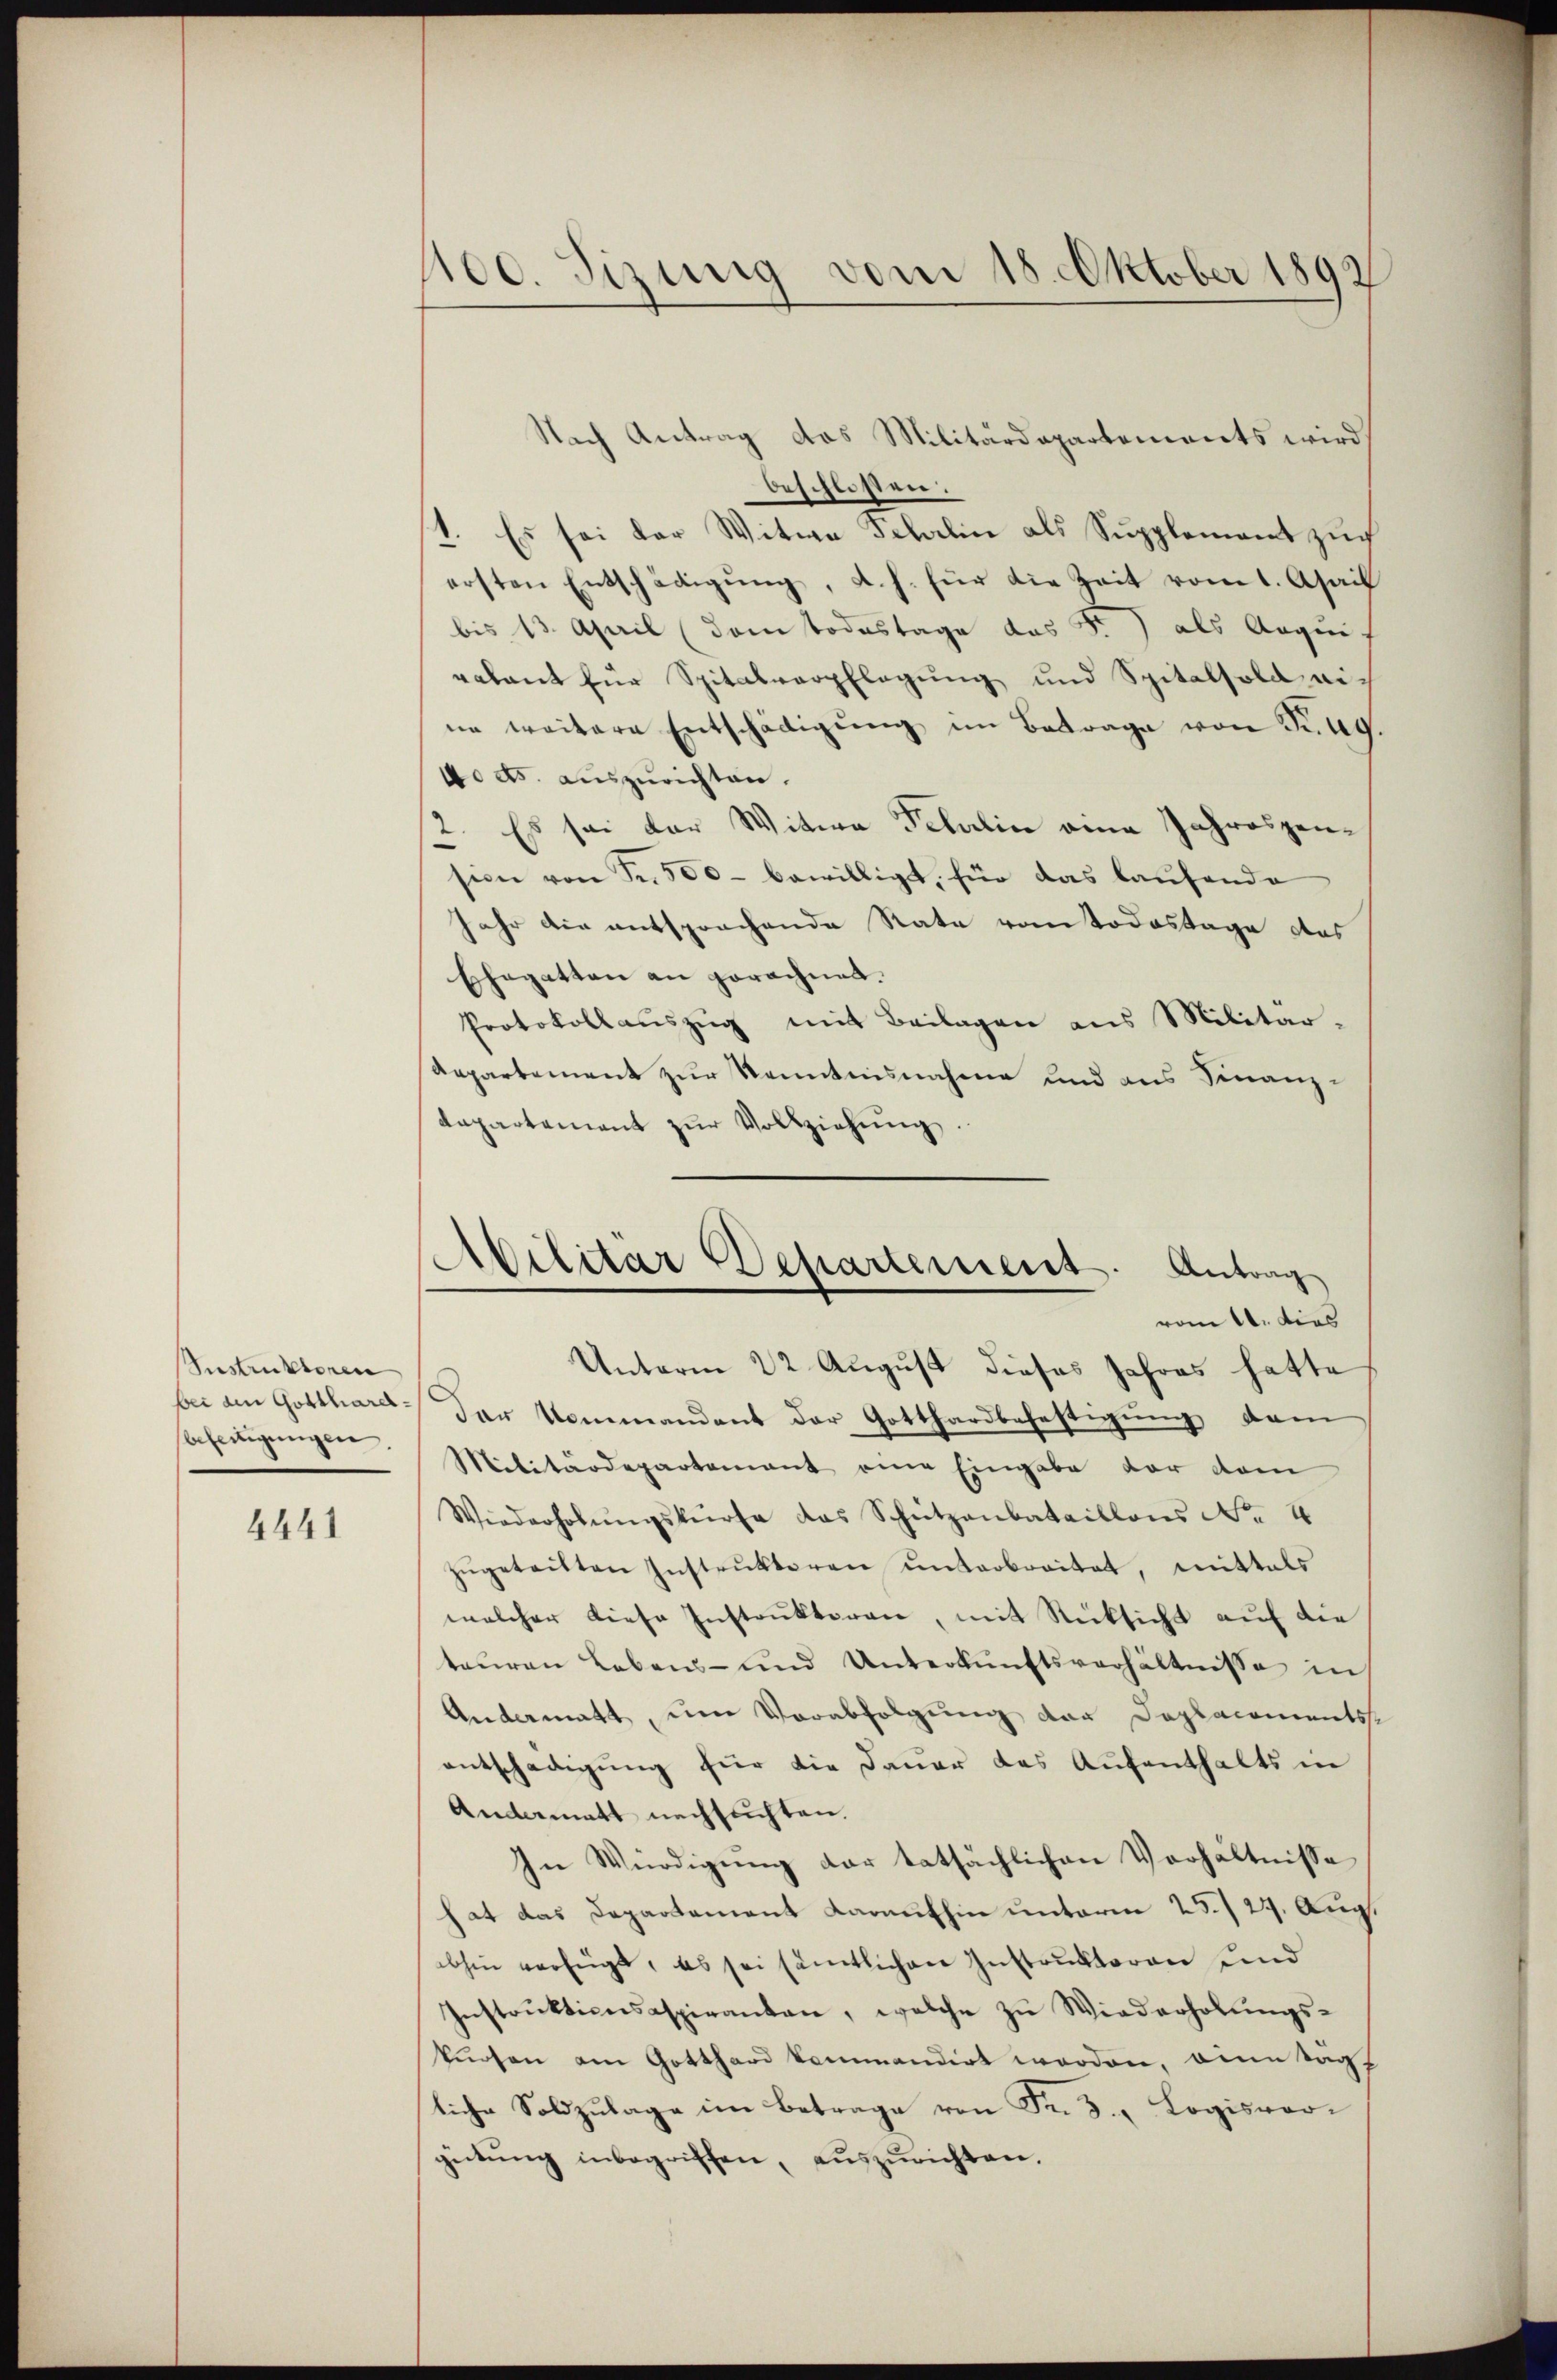
Instruktoren
bei den Gottharel¬
Beseitigungen.

4441

1100. Sizung vom 18. Oktober 1892

Nach Antrag das Militärdepartements wird
beschlossen:
1. Es sei der Witwe Schlin als Supplement zur
ersten Entschädigŭng, d. h. für die Zeit vom 1. April
bis 13. April (dem Todestage des Fr.) als Augu
ralant für Spitalverpflegung und Spitalsold eine weitere Entschädigŭng im Betrage von Prag.
4o ds. auszurichten.
2. Es sei der Witwe Fellin eine Jahreszension von Fr. 500 bewilligt, für das laŭfende
Jahr die entsprochende Rate vom Todestage des
Ehegatten an gerechnet.
Protokollauszug mit Beilagen aus Militär¬
Aepartement zur Kenntnisnahme und aus Finanzdepartement zŭr Vollziehŭng.
Unterm 22. August dieses Jahres hatte
der Kommandent der Gotthardbefestigung dem
Militärdepartement eine Eingabe der dam
Wiederholŭngskurse das Schützenbataillons No. 4
zŭgeteilten Instrŭktoren ŭnterbreitet, mittels
welcher diese Instrŭktoren, mit Rücksicht aŭf die
teŭren Lebens- und Unterkŭnftsverhältnisse in
Andermatt, um Verabfolgung der Doplacements
entschädigung für die Dauer das Aufenthalts in
Andermatt nachsuchten.
In Würdigŭng der tatsächlichen Verhältnisse
hat das Departament Karaufhin unterm 25./29. Aug.
bhin verfügt, es sei sämtlichen Instruktoren und
Instrŭktionsaspiranten, welche zŭ Wiederholŭngs-
kursen am Gotthard kommandirt worden, eine Tag
liche Soldzulage im Betrage von Fr. 5. Logisvorgütŭng inbegriffen, auszurichten.

Abilitar Departement. Antrag
vom 10. dies